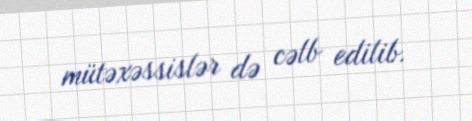
mütəxəssislər də cəlb edilib.